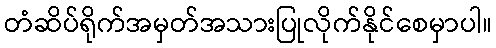
တံဆိပ်ရိုက်အမှတ်အသားပြုလိုက်နိုင်စေမှာပါ။